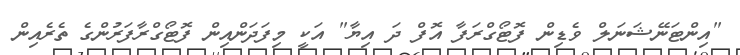
"އިންޓަނޭޝަނަލް ވެޑިން ފޮޓޯގްރަފާ އޮފް ދަ އިޔާާ" އަކީ މިފަދަންއިން ފޮޓޯގްރާފަރުންގެ ތެރެއިން